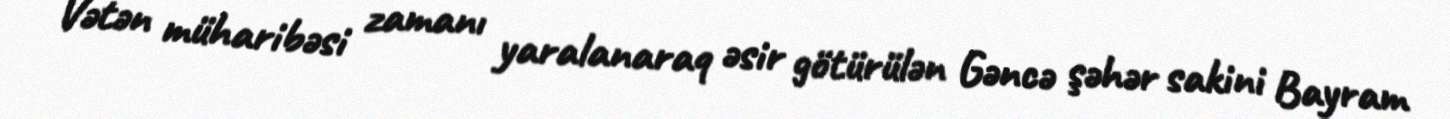
Vətən müharibəsi zamanı yaralanaraq əsir götürülən Gəncə şəhər sakini Bayram